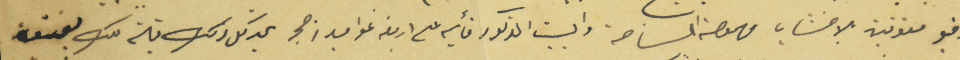
وقبو مسقوفين بالاخشاب مهمولة المساحة والبيت المذكور قأئيم على اربعة عواميد من حجر يحد كل ذلك قبلة ملك يوسف